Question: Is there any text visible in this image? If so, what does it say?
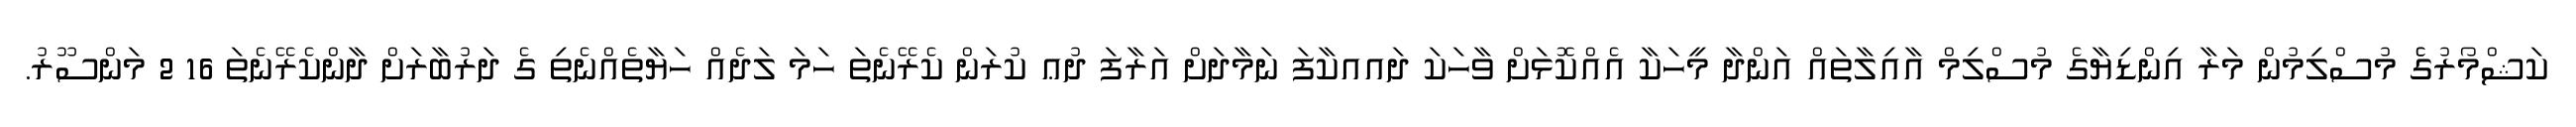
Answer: ކަޝްމޯރުގެެ މުސްލިމުން މަރާ އިންޑިޔާގެ މުސްލިމް އާއިލާތައް އަންދާ މީހަކާ އެއްކޮޅަށް ވާހަކަ ދައއކާފަ ނަމާދަށް އަރާފަ ދުޢ ކުރަން ކެރޭނެތަ ހަމަ ލަދެއް ހަޔާތެއްނެތި ގެ ދަރުބާރަށް ދާންކެރޭނެތަ 16 2 މަންސޫރު.